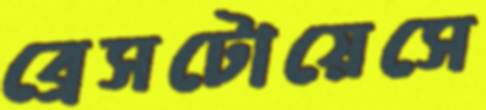
ব্রেসটোয়েসে